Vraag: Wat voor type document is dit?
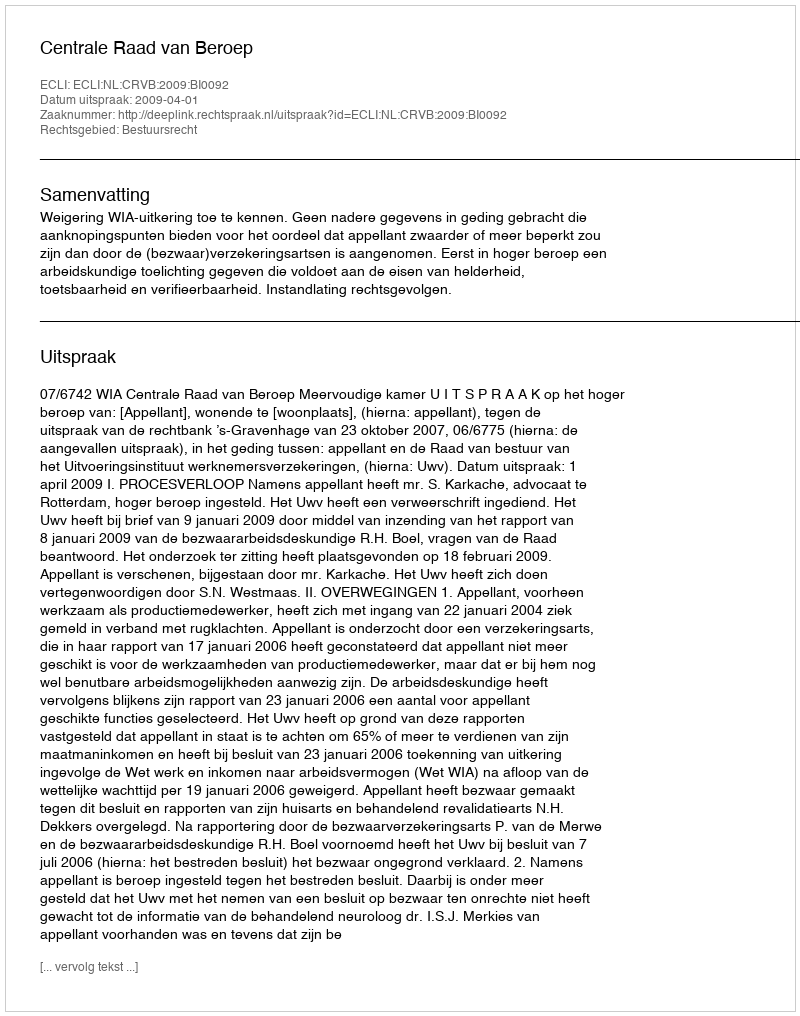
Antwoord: Uitspraak